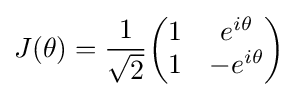
J(\theta )={\frac {1}{\sqrt {2}}}{\begin{pmatrix}1&e^{i\theta }\\1&-e^{i\theta }\end{pmatrix}}